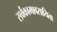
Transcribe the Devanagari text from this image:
सर्वकामावसायिता